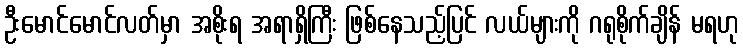
ဦးမောင်မောင်လတ်မှာ အစိုးရ အရာရှိကြီး ဖြစ်နေသည့်ပြင် လယ်များကို ဂရုစိုက်ချိန် မရဟု